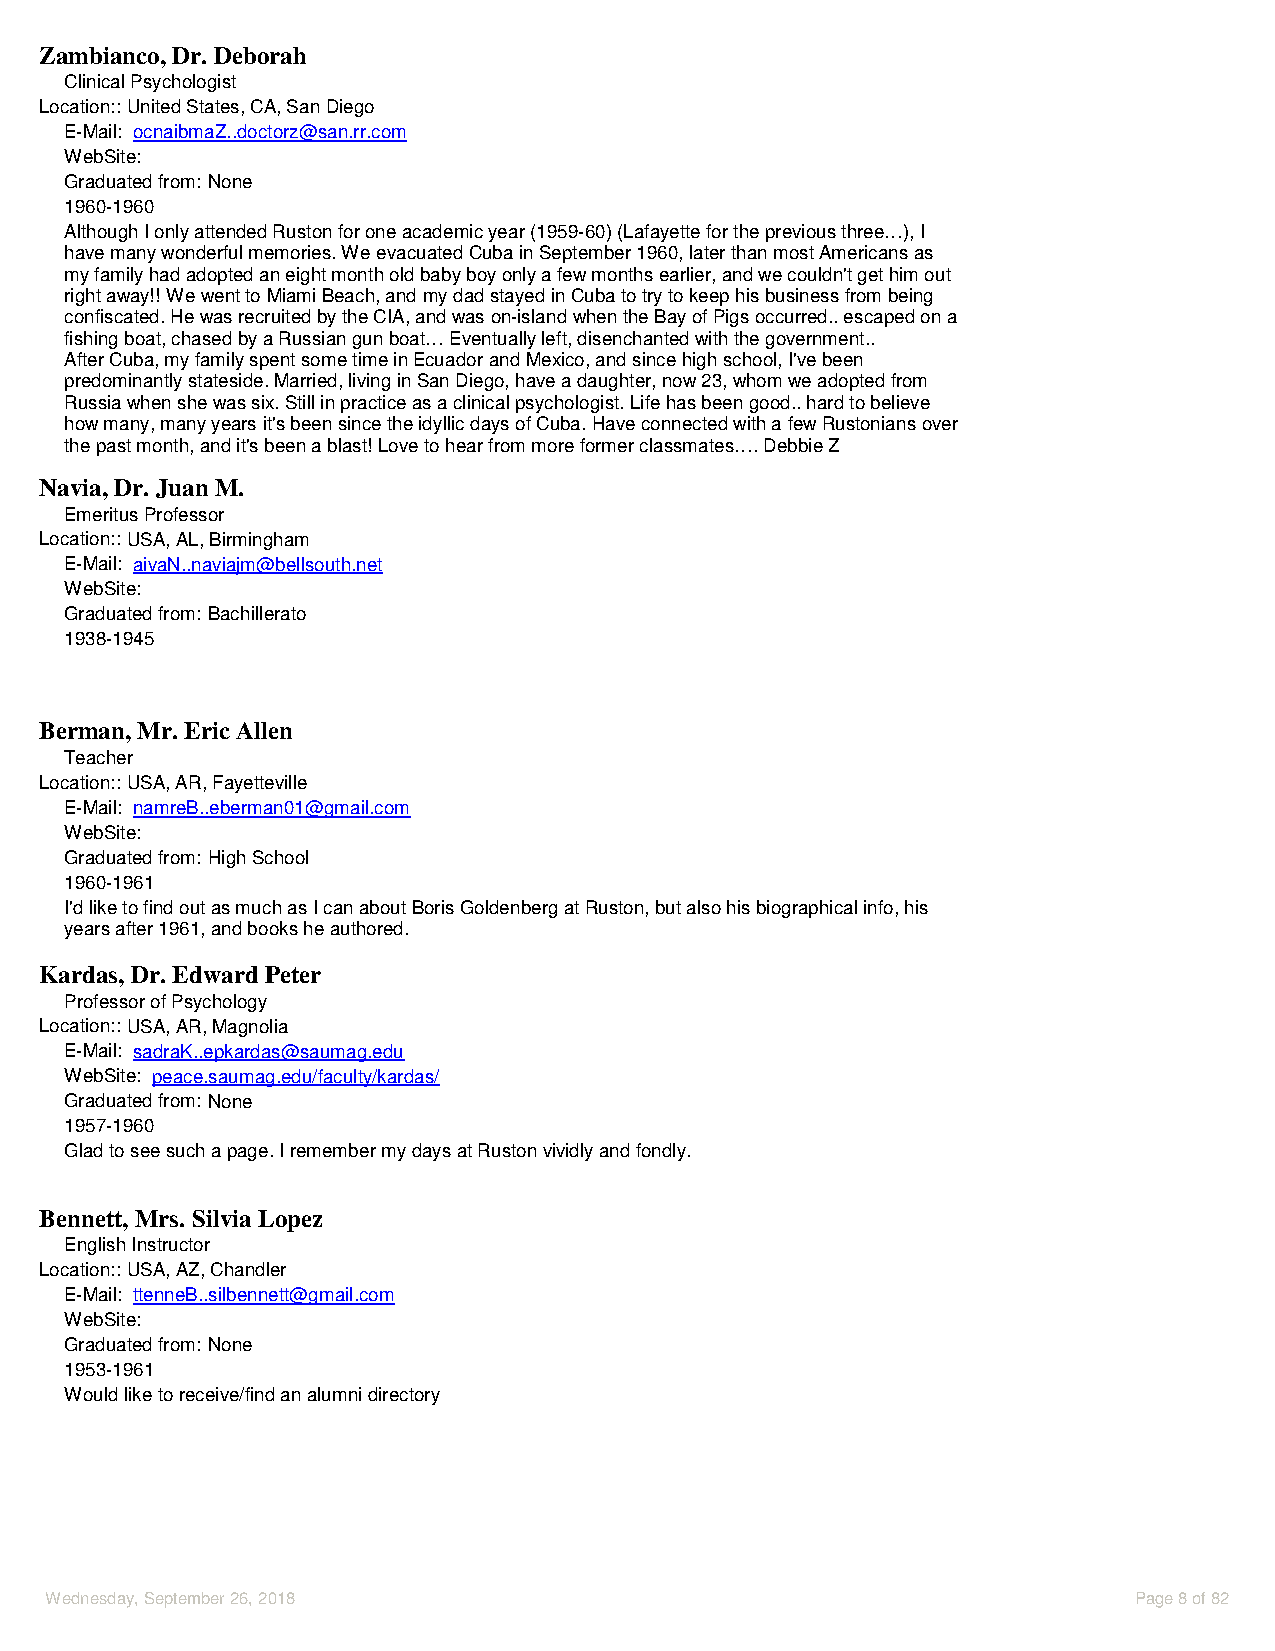
Zambianco, Dr. Deborah
 Clinical Psychologist
 Location::United States, CA, San Diego
 E-Mail: ocnaibmaZ..doctorz@san.rr.com
 WebSite:
 Graduated from: None
 1960-1960
 Although I only attended Ruston for one academic year (1959-60) (Lafayette for the previous three…), I
 have many wonderful memories. We evacuated Cuba in September 1960, later than most Americans as
 my family had adopted an eight month old baby boy only a few months earlier, and we couldn't get him out
 right away!! We went to Miami Beach, and my dad stayed in Cuba to try to keep his business from being
 confiscated. He was recruited by the CIA, and was on-island when the Bay of Pigs occurred.. escaped on a
 fishing boat, chased by a Russian gun boat… Eventually left, disenchanted with the government..
 After Cuba, my family spent some time in Ecuador and Mexico, and since high school, I've been
 predominantly stateside. Married, living in San Diego, have a daughter, now 23, whom we adopted from
 Russia when she was six. Still in practice as a clinical psychologist. Life has been good.. hard to believe
 how many, many years it's been since the idyllic days of Cuba. Have connected with a few Rustonians over
 the past month, and it's been a blast! Love to hear from more former classmates…. Debbie Z
 Navia, Dr. Juan M.
 Emeritus Professor
 Location::USA, AL, Birmingham
 E-Mail: aivaN..naviajm@bellsouth.net
 WebSite:
 Graduated from: Bachillerato
 1938-1945
 Berman, Mr. Eric Allen
 Teacher
 Location::USA, AR, Fayetteville
 E-Mail: namreB..eberman01@gmail.com
 WebSite:
 Graduated from: High School
 1960-1961
 I'd like to find out as much as I can about Boris Goldenberg at Ruston, but also his biographical info, his
 years after 1961, and books he authored.
 Kardas, Dr. Edward Peter
 Professor of Psychology
 Location::USA, AR, Magnolia
 E-Mail: sadraK..epkardas@saumag.edu
 WebSite: peace.saumag.edu/faculty/kardas/
 Graduated from: None
 1957-1960
 Glad to see such a page. I remember my days at Ruston vividly and fondly.
 Bennett, Mrs. Silvia Lopez
 English Instructor
 Location::USA, AZ, Chandler
 E-Mail: ttenneB..silbennett@gmail.com
 WebSite:
 Graduated from: None
 1953-1961
 Would like to receive/find an alumni directory
 Wednesday, September 26, 2018                                           Page 8 of 82